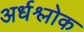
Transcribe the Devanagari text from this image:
अर्धश्लोक